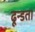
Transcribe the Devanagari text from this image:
ढून्डता